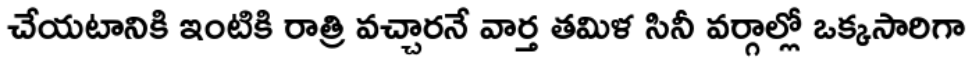
చేయటానికి ఇంటికి రాత్రి వచ్చారనే వార్త తమిళ సినీ వర్గాల్లో ఒక్కసారిగా